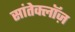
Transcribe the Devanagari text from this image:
सांतेक्लॉज़